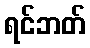
ရင်ဘတ်